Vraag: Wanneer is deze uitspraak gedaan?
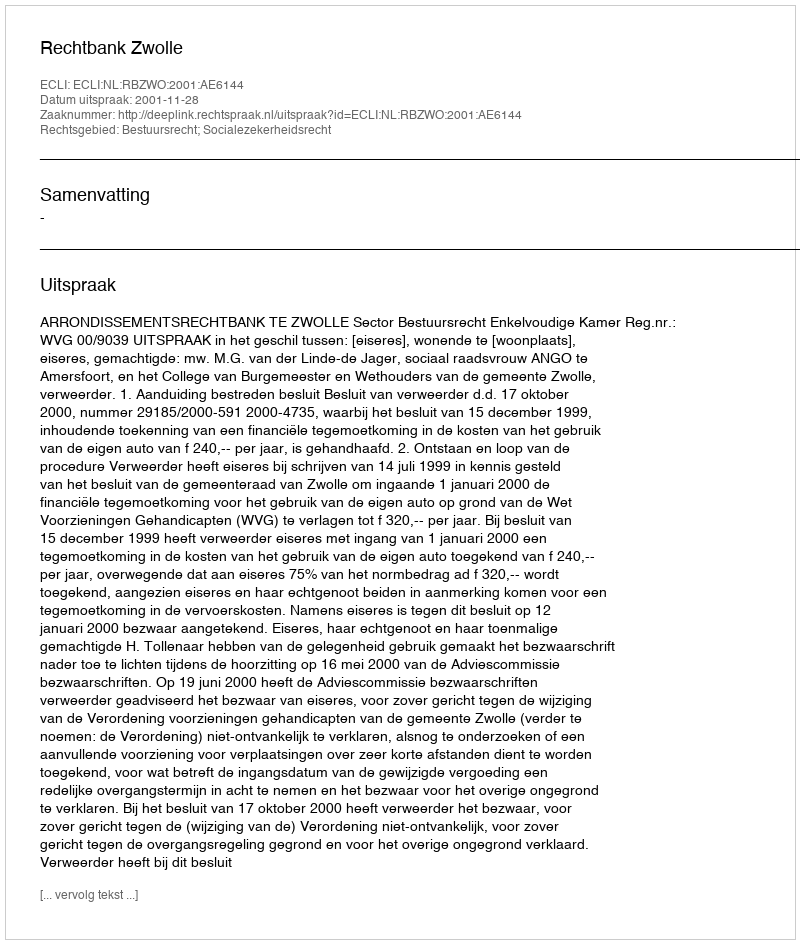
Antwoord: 2001-11-28